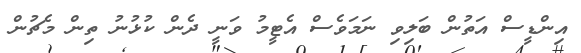
އިންޑީސް އަތުން ބަލިވި ނަމަވެސް އެޓީމު ވަނީ ދެން ކުޅުނު ތިން މެޗުން